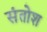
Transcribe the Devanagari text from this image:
संतोश